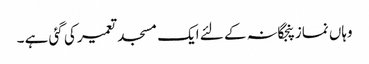
وہاں نمازپنجگانہ کے لئے ایک مسجد تعمیر کی گئی ہے ۔